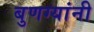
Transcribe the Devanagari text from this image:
बुणग्यांनी